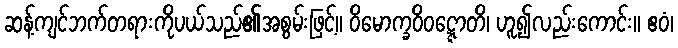
ဆန့်ကျင်ဘက်တရားကိုပယ်သည်၏အစွမ်းဖြင့်။ ဝိမောက္ခဝိဝဋ္ဋောတိ၊ ဟူ၍လည်းကောင်း။ ဧဝံ၊